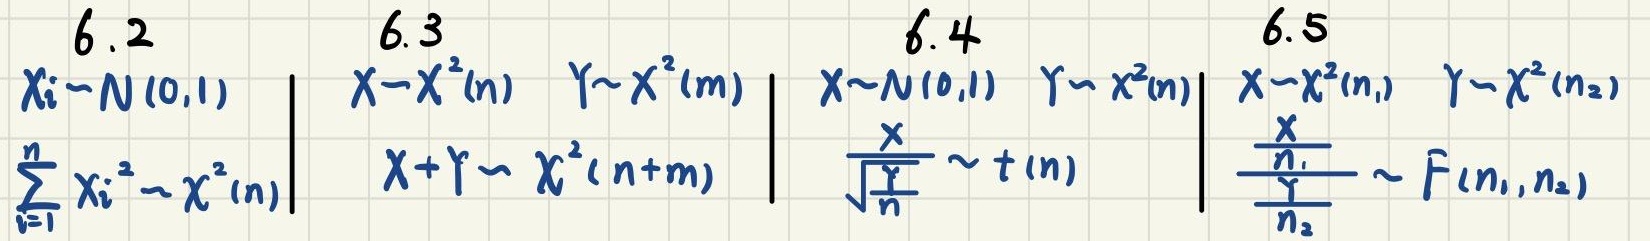
6.2
\[
\begin{align*}
X_i&\sim N(0,1)\\
\sum_{i = 1}^{n}X_i^{2}&\sim \chi^{2}(n)
\end{align*}
\]
6.3
\[
\begin{align*}
X&\sim \chi^{2}(n)\quad Y\sim \chi^{2}(m)\\
X + Y&\sim \chi^{2}(n + m)
\end{align*}
\]
6.4
\[
\begin{align*}
X&\sim N(0,1)\quad Y\sim \chi^{2}(n)\\
\frac{X}{\sqrt{\frac{Y}{n}}}&\sim t(n)
\end{align*}
\]
6.5
\[
\begin{align*}
X&\sim \chi^{2}(n_1)\quad Y\sim \chi^{2}(n_2)\\
\frac{\frac{X}{n_1}}{\frac{Y}{n_2}}&\sim F(n_1,n_2)
\end{align*}
\]